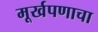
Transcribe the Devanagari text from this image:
मूर्खपणाचा